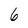
Character: 6